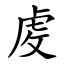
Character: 䖍